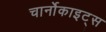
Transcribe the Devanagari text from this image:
चार्नोकाइट्स